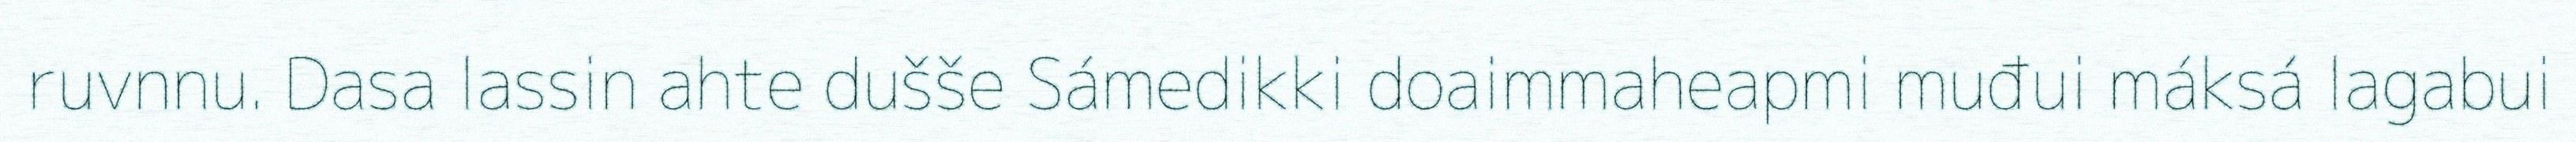
ruvnnu. Dasa lassin ahte dušše Sámedikki doaimmaheapmi muđui máksá lagabui